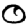
Digit: 0